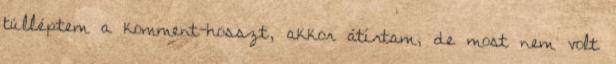
túlléptem a komment-hosszt, akkor átírtam, de most nem volt